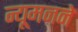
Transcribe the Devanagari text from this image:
न्यूमनने